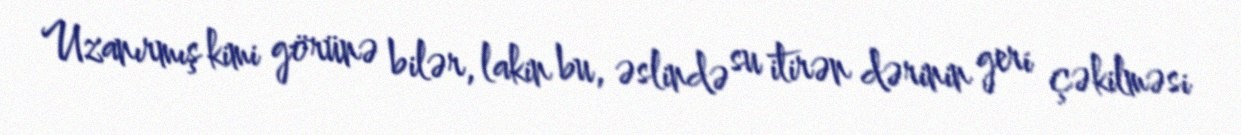
Uzanırmış kimi görünə bilər, lakin bu, əslində su itirən dərinin geri çəkilməsi